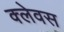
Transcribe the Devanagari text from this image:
क्लेवस